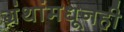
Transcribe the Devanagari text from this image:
ग्रंथांमधूनही